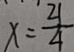
x = \frac { 2 1 } { 4 }